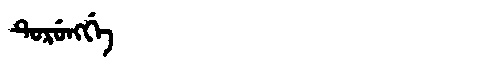
Manchu: ᡨᡠᡵᡠᠩᡤᡝ
Romanization: TURUNGGE